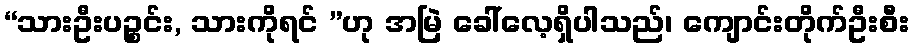
“သားဦးပဉ္စင်း, သားကိုရင် ”ဟု အမြဲ ခေါ်လေ့ရှိပါသည်၊ ကျောင်းတိုက်ဦးစီး